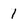
Character: 1